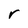
Character: r